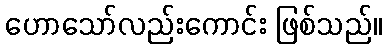
ဟောသော်လည်းကောင်း ဖြစ်သည်။